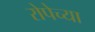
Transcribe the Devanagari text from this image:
रोपेच्या